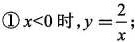
①$$x < 0$$时，$$y = \frac { 2 } { x }$$；